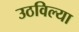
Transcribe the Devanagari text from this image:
उठविल्या